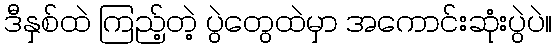
ဒီနှစ်ထဲ ကြည့်တဲ့ ပွဲတွေထဲမှာ အကောင်းဆုံးပွဲပဲ။